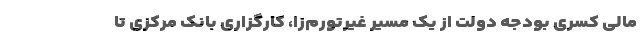
مالی کسری بودجه دولت از یک مسیر غیرتورم‌زا، کارگزاری بانک مرکزی تا